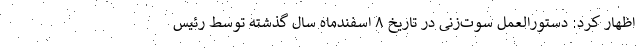
اظهار کرد: دستورالعمل سوت‌زنی در تاریخ ۸ اسفندماه سال گذشته توسط رئیس